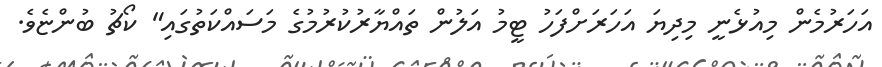
އަހަރުމެން މިއުޅެނީ މިދިޔަ އަހަރަށްފަހު ޓީމު އަލުން ތައްޔާރުކުރުމުގެ މަސައްކަތުގައި" ކޯޗު ބުންޏެވެ.